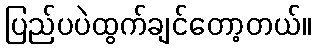
ပြည်ပပဲထွက်ချင်တော့တယ်။